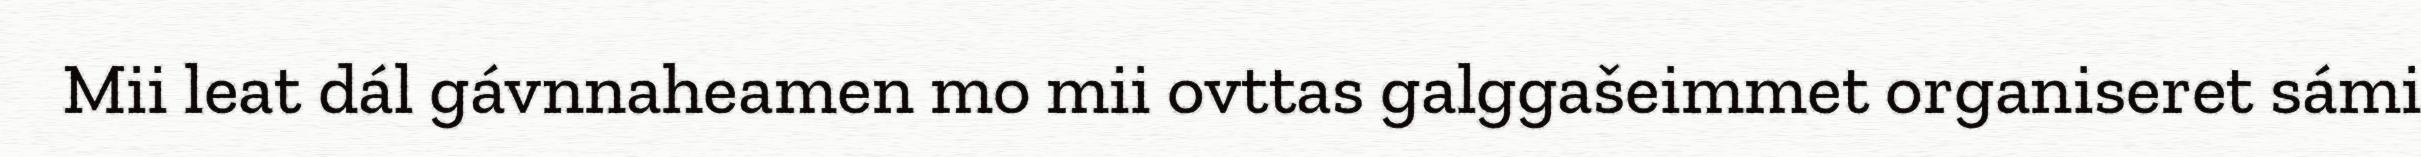
Mii leat dál gávnnaheamen mo mii ovttas galggašeimmet organiseret sámi